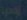
إذهبا